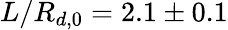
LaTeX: L/R_{d,0}=2.1\pm 0.1